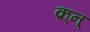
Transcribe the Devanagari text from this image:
क़्न्